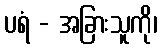
ပရံ - အခြားသူကို၊